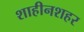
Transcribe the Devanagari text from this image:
शाहीनशहर